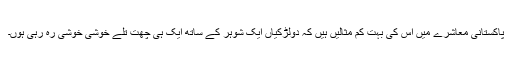
پاکستانی معاشرے میں اس کی بہت کم مثالیں ہیں کہ دولڑکیاں ایک شوہر کے ساتھ ایک ہی چھت تلے خوشی خوشی رہ رہی ہوں۔